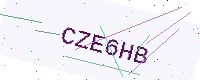
Text: CZE6HB